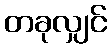
တခုလျှင်